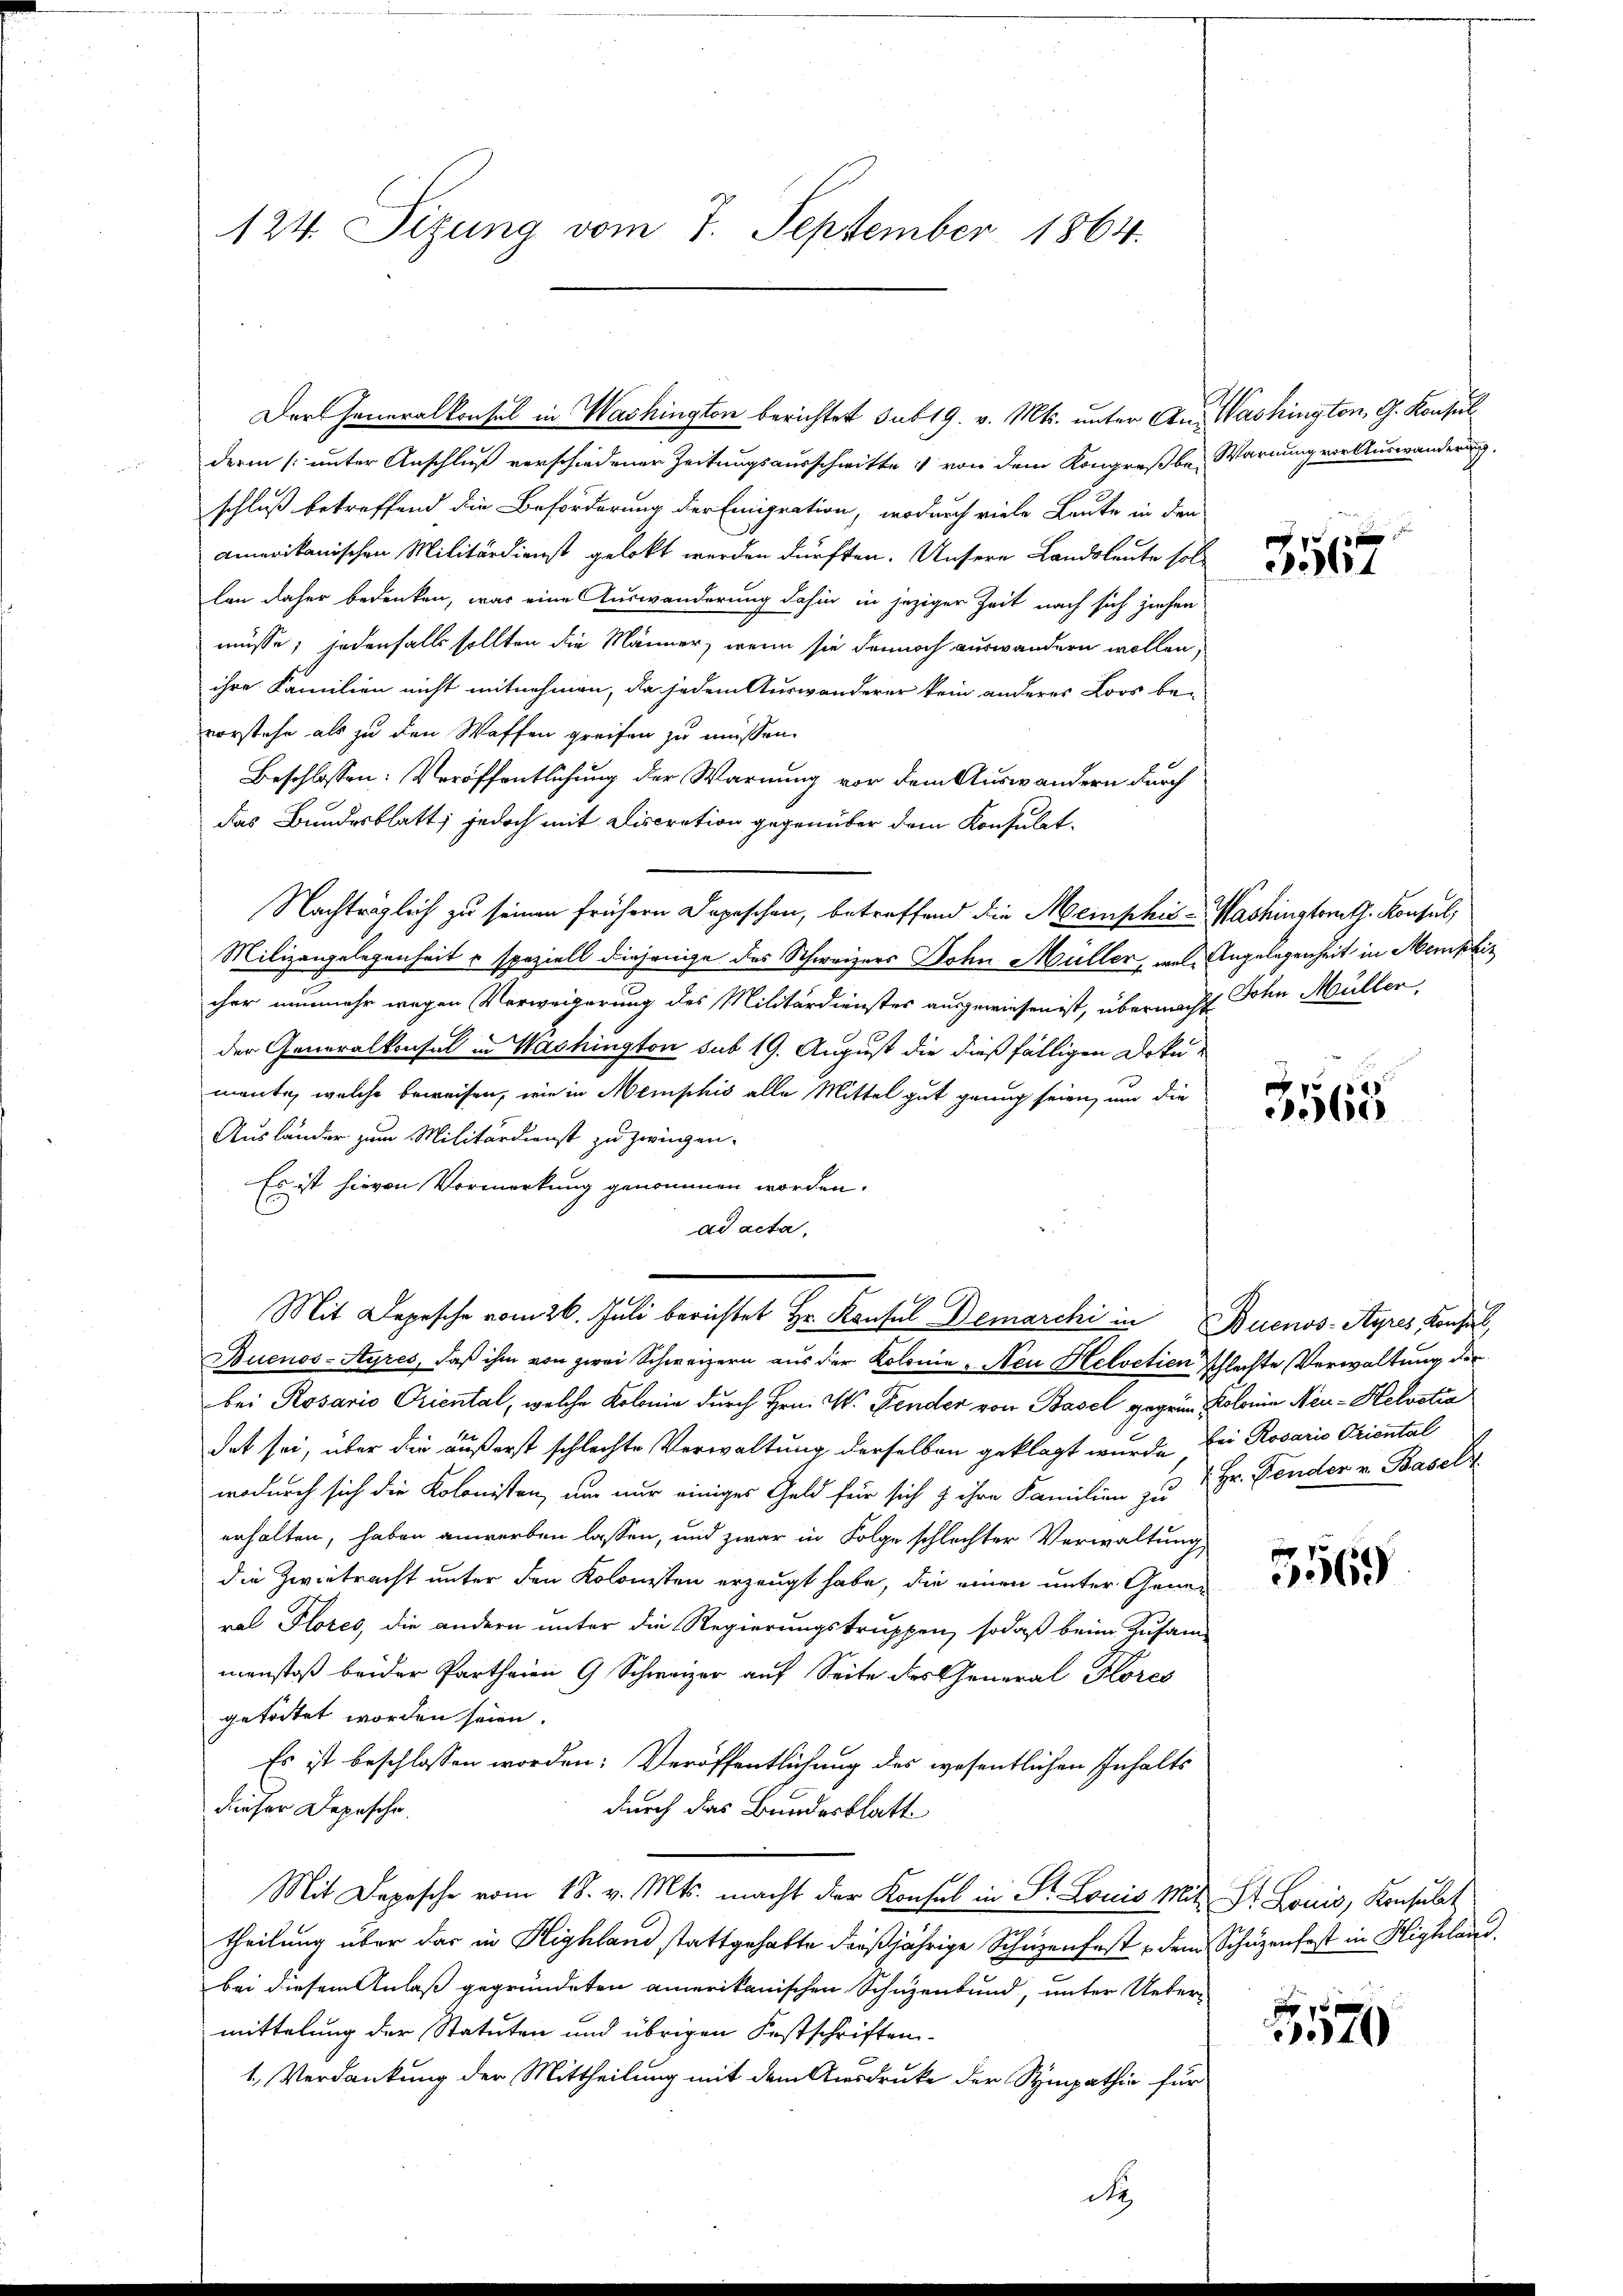
124. Sizung vom 7. September 1864.

derin (unter Anschluß verschiedener Zeitungsausschwitte von dem Kongreß be- Warnung von Auswanderung
schluß betreffend die Beförderung der Emigration, wodurch viele Leute in den
amerikanischen Militärdienst gelobt werden dürften. Unsere Landsleute sol
lan daher bedenken, was eine Auswanderung dahin in jeziger Zeit nach sich ziehen
müsse; jedenfalls sollten die Männer, wenn sie dennoch auswandern wollen,
ihre Familien nicht mitnehmen, da jedem Auswanderer kein anderes Loos be-
vorstehe als zu den Waffen greifen zu müssen.
Beschlossen: Veröffentlichung der Warnung vor dem Auswandern durch
das Bundesblatt; jedoch mit Discration gegenüber dem Konsulat¬
Nachträglich zu seinen frühern Depeschen, betreffend die Memphie-Washinsterath. Konsul,
Milizangelegenheit & speziell diejenige des Schweizers John Müller, mal Angelegenheit in Memphiz
cher nunmehr wegen Verweigerung des Militärdienstes ausgewiesen ist, übernacht Sohn Müller,
der Generalkonsul in Washington sub 19. August die dießfälligen Doku-
mente, welche beweisen, wie in Memphis alle Mittel gut genug seien, um die
Ausländer zum Militärdienst zu zwingen.
Es ist hievon Vormerkung genommen worden.
ad acta,
Mit Depesche vom 26. Juli berichtet Hr. Konsul Demarchi in Buenos-Ayres Kan
Buenos-Ayres, daß ihm von zwei Schweizern aus der Kolonie - Neu Helvetien schlechte Verwaltung der
bei Rosario Oriental, welche Kolonie durch Hrn. W. Pender von Basel gegene Kolonia Neu- Helvetia
det sei, über die äußerst schlechte Verwaltung derselben geklagt wurde bei Rosario Triental
wodurch sich die Kolonisten, um nur einiges Geld für sich & ihre Familien zu 2 Hr. Pender v. Basels
erhalten, haben anwerben lassen, und zwar in Folge schlechter Verwaltung
die Zwietracht unter den Kolonisten erzeugt habe, die einen unter General Flores, die andern unter die Regierungstruppen, sodaß beim Zusam-
manstoß beider Partheien 9 Schweizer auf Seite des General Hores
getödtet worden seien.
Es ist beschlossen worden: Veröffentlichung des wesentlichen Inhalts
dieser Depeschr.
durch das Bundesblatt.
Mit Depesche vom 18. v. Mts. macht der Konsul in St. Louis Mit St. Louis, Konsulat
theilung über das in Highland stattgehabte dießjährige Schüzenfest, dem Schuzenfest in Highland.
bei diesem Anlaß gegründeten amerikanischen Schuzenbund, unter Untermittelung der Statuten und übrigen Festschriften-
1. Verdankung der Mittheilung mit dem Ausdrucke der Sympathin für

Der Generalkonsul in Washington berichtet sub 19. v. Mts. unter An- Washington, G. Konsul

de

a
564

3565

369

40